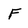
Character: F